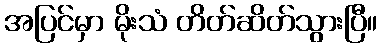
အပြင်မှာ မိုးသံ တိတ်ဆိတ်သွားပြီ။